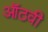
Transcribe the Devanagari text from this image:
ऑठवी